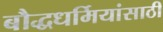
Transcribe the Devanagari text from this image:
बौद्धधर्मियांसाठी